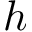
h